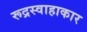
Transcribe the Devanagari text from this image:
रूद्रस्वाहाकार